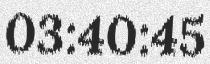
03:40:45